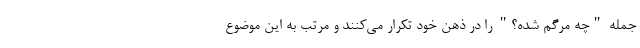
جمله "چه مرگم شده؟" را در ذهن خود تکرار می‌کنند و مرتب به این موضوع